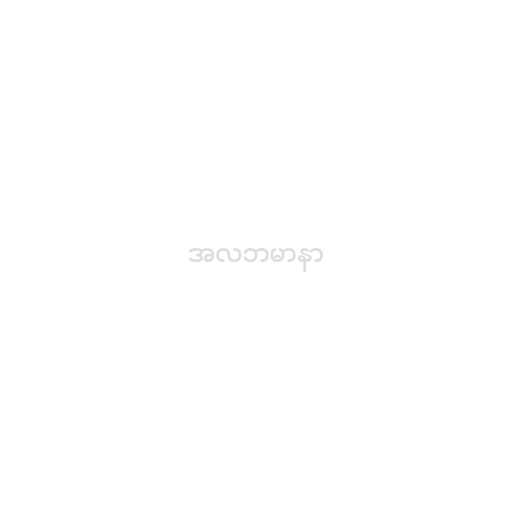
အလဘမာနာ